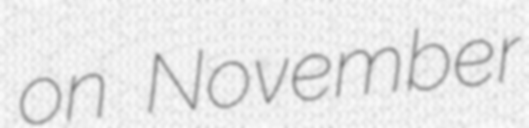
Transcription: on November